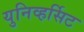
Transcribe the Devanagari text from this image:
युनिव्हर्सिट